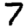
Digit: 7